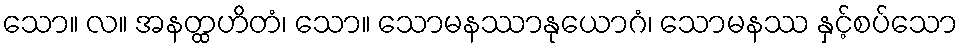
သော။ လ။ အနတ္ထဟိတံ၊ သော။ သောမနဿာနုယောဂံ၊ သောမနဿ နှင့်စပ်သော